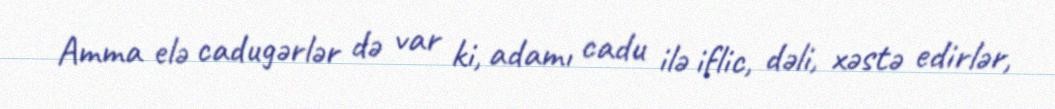
Amma elə cadugərlər də var ki, adamı cadu ilə iflic, dəli, xəstə edirlər,